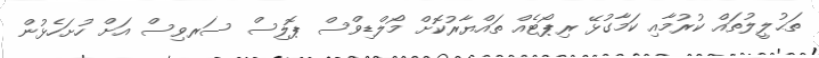
ތަޙުލީލުތައް ކުރުމާއި ކަމާގުޅޭ ރިޕޯޓެއް ތައްޔާރުކޮށް މޯލްޑިވްސް ޕޮލިސް ސަރވިސް އަށް ހުށަހެޅުން